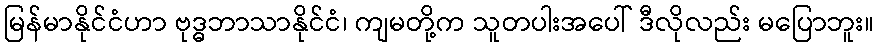
မြန်မာနိုင်ငံဟာ ဗုဒ္ဓဘာသာနိုင်ငံ၊ ကျမတို့က သူတပါးအပေါ် ဒီလိုလည်း မပြောဘူး။